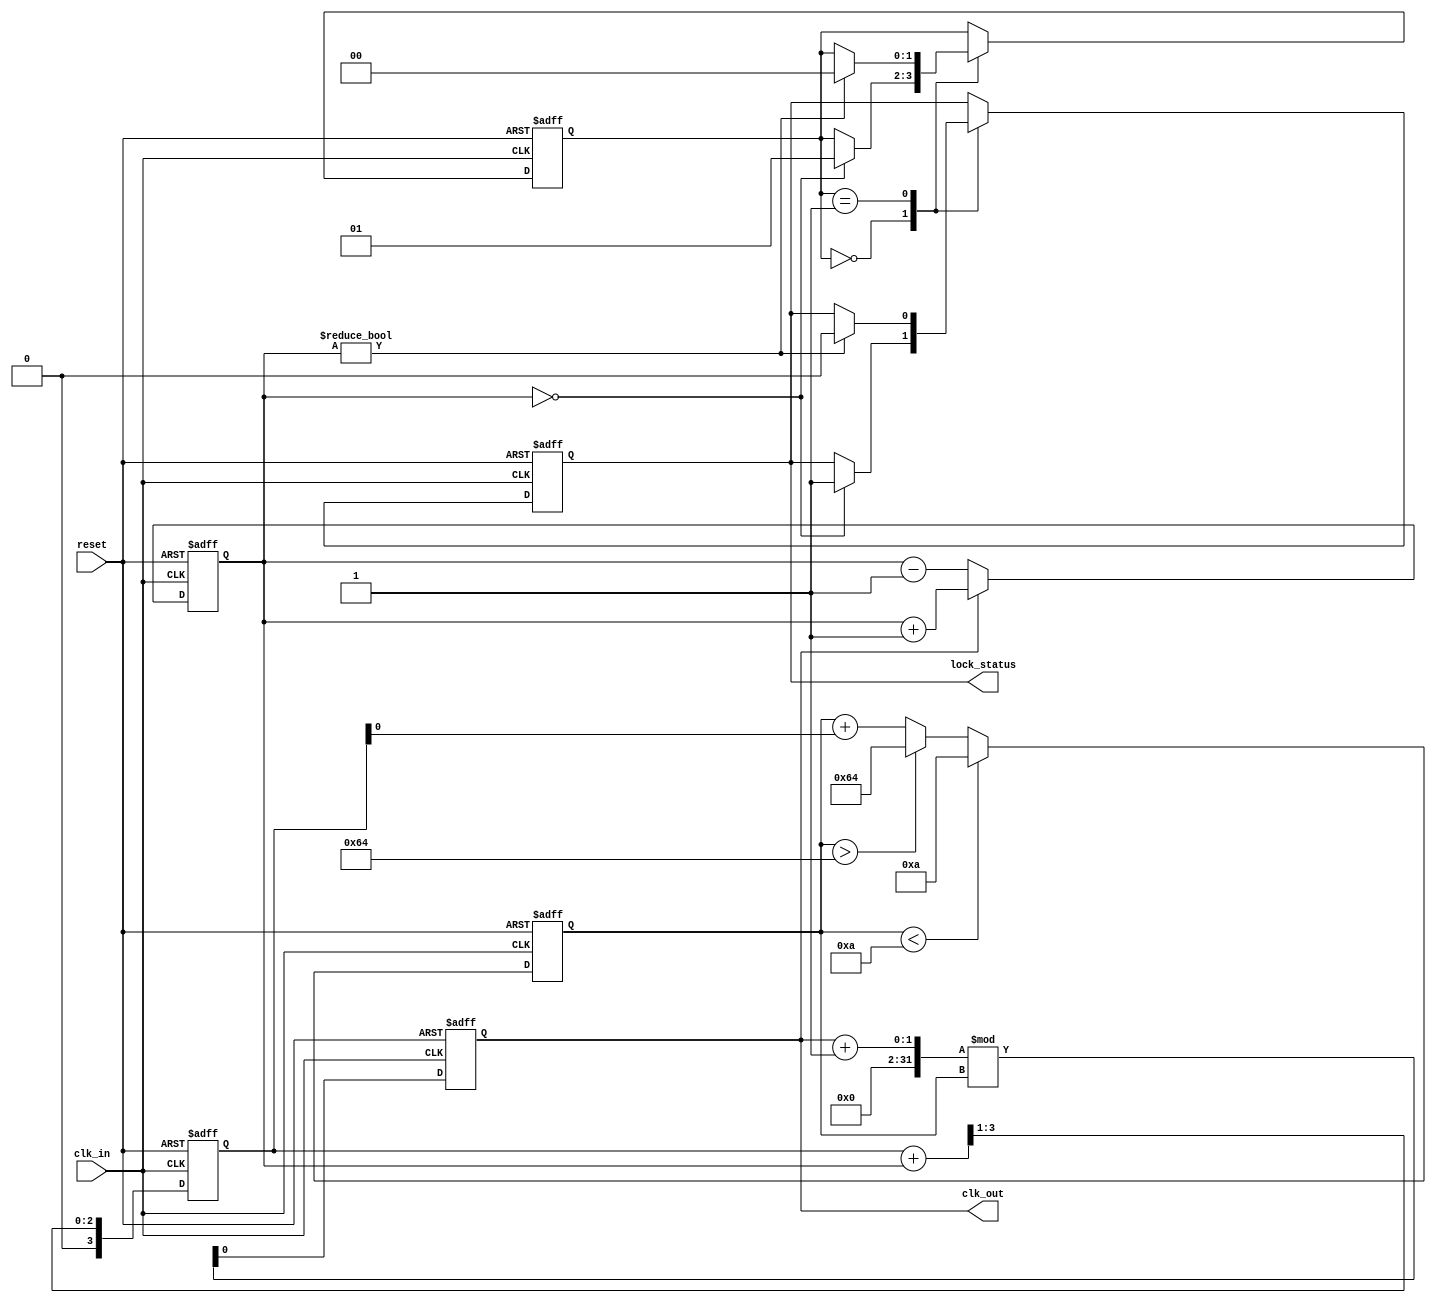
module pll (
    input wire clk_in,          // Incoming data signal
    input wire reset,           // Reset signal
    output reg clk_out,         // Synchronized output clock
    output reg lock_status       // Lock status signal
);

    // Parameters
    parameter PHASE_WIDTH = 4;  // Width for phase error signal
    parameter VCO_MAX_FREQ = 100; // Max frequency for VCO
    parameter VCO_MIN_FREQ = 10;  // Min frequency for VCO

    // Internal signals
    reg [PHASE_WIDTH-1:0] phase_error; // Phase error signal
    reg [PHASE_WIDTH-1:0] loop_filter_out; // Output from loop filter
    reg [7:0] vco_freq; // Frequency control for VCO
    reg [7:0] memory_block; // Memory block for phase information
    reg [1:0] state; // State for control logic

    // Phase Detector (PD)
    always @(posedge clk_in or posedge reset) begin
        if (reset) begin
            phase_error <= 0;
        end else begin
            // Simple phase detection logic (example)
            if (clk_out) begin
                phase_error <= phase_error + 1; // Increment if clk_out is leading
            end else begin
                phase_error <= phase_error - 1; // Decrement if clk_out is lagging
            end
        end
    end

    // Loop Filter
    always @(posedge clk_in or posedge reset) begin
        if (reset) begin
            loop_filter_out <= 0;
        end else begin
            // Simple low-pass filter (example)
            loop_filter_out <= (loop_filter_out + phase_error) >> 1; // Averaging
        end
    end

    // Voltage-Controlled Oscillator (VCO)
    always @(posedge clk_in or posedge reset) begin
        if (reset) begin
            vco_freq <= VCO_MIN_FREQ;
            clk_out <= 0;
        end else begin
            // Adjust VCO frequency based on loop filter output
            vco_freq <= vco_freq + loop_filter_out[0]; // Simple adjustment
            if (vco_freq > VCO_MAX_FREQ) vco_freq <= VCO_MAX_FREQ;
            if (vco_freq < VCO_MIN_FREQ) vco_freq <= VCO_MIN_FREQ;

            // Generate output clock based on VCO frequency
            clk_out <= (clk_out + 1) % vco_freq; // Simple clock generation
        end
    end

    // Memory Block
    always @(posedge clk_in or posedge reset) begin
        if (reset) begin
            memory_block <= 0;
        end else begin
            // Store phase information (example)
            memory_block <= phase_error; // Store current phase error
        end
    end

    // Control Logic
    always @(posedge clk_in or posedge reset) begin
        if (reset) begin
            state <= 0;
            lock_status <= 0;
        end else begin
            // Simple state machine for locking
            case (state)
                0: begin
                    if (phase_error == 0) begin
                        lock_status <= 1; // Locked
                        state <= 1;
                    end
                end
                1: begin
                    if (phase_error != 0) begin
                        lock_status <= 0; // Lost lock
                        state <= 0;
                    end
                end
            endcase
        end
    end

endmodule